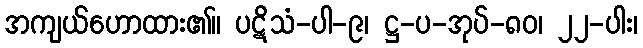
အကျယ်ဟောထား၏။ ပဋိသံ-ပါ-၉၊ ဋ္ဌ-ပ-အုပ်-၈၀၊ ၂၂-ပါး၊